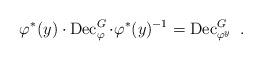
LaTeX: \begin{align*}\varphi^\ast(y)\cdot\operatorname{Dec}^G_\varphi\cdot\varphi^\ast(y)^{-1}= \operatorname{Dec}^G_{\varphi^y}\ .\end{align*}